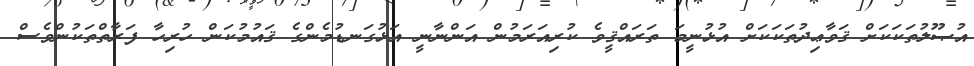
އުޞޫލުތަކަކަށް ޤަވާޢިދުތަކަކަށް އުޅުނީމަ ތަރައްޤީވެ ކުރިއަރަމުން އަންނާނީ އަޅުގަނޑުމެންގެ ޤައުމުކަން ހުރިހާ ފަރާތްތަކުންވެސް